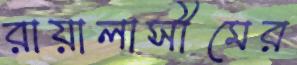
রায়ালাসীমের